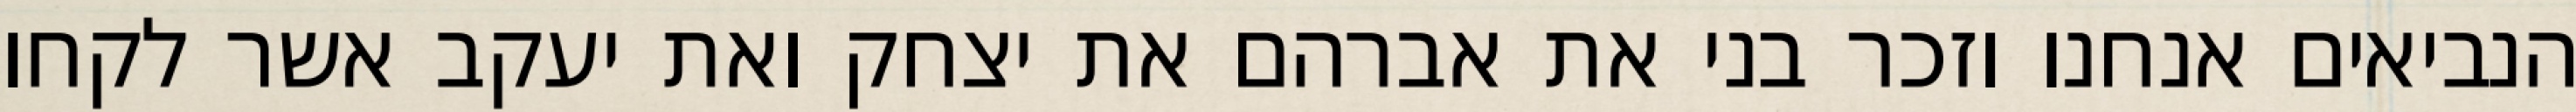
הנביאים אנחנו וזכר בני את אברהם את יצחק ואת יעקב אשר לקחו